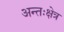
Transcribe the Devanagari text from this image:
अन्तःक्षेत्र